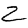
Digit: 2